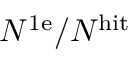
N ^ { \mathrm { 1 e } } / N ^ { \mathrm { h i t } }